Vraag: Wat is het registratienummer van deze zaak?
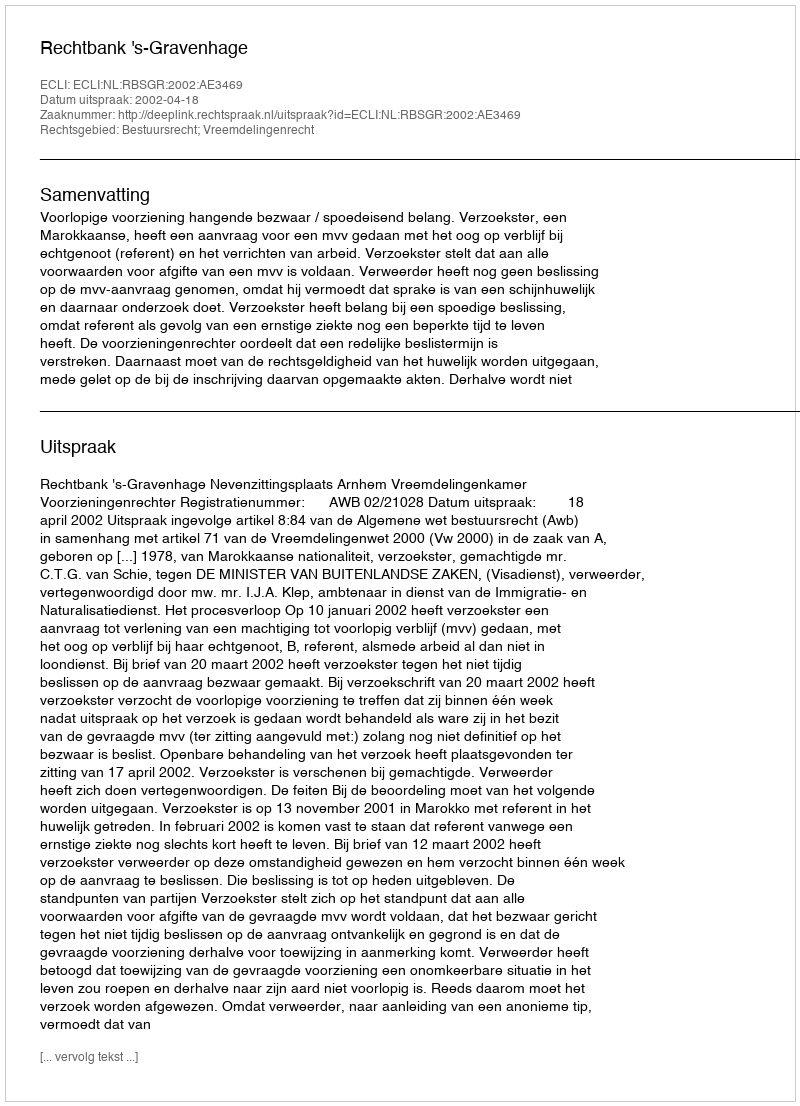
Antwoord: http://deeplink.rechtspraak.nl/uitspraak?id=ECLI:NL:RBSGR:2002:AE3469